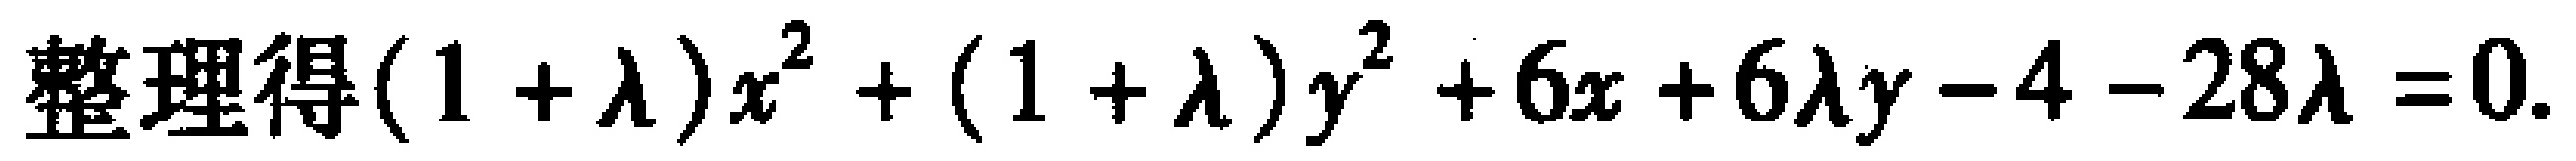
整理得\((1 + \lambda)x^{2} + (1 + \lambda)y^{2} + 6x + 6\lambda y - 4 - 28\lambda = 0\)